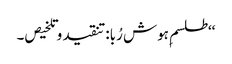
‘‘طلسم ِہوش رُبا:تنقید و تلخیص۔